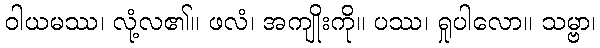
ဝါယမဿ၊ လုံ့လ၏။ ဖလံ၊ အကျိုးကို။ ပဿ၊ ရှုပါလော။ သမ္ဗာ၊